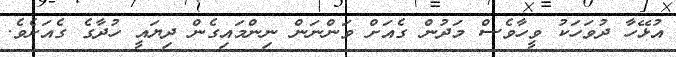
އުޅޭހާ ދުވަހަކު ވީހާވެސް މަދުން ގެއަށް ވަންނަން ނިންމަައިގެން ދިޔައީ ހުދާގެ ގެއަށެވެ.